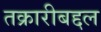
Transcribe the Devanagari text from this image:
तक्रारीबद्दल